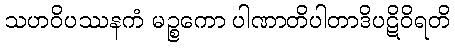
သဟဝိပဿနကံ မဉ္စကော ပါဏာတိပါတာဒိပဋိဝိရတိ